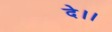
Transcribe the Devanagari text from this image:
दे।।